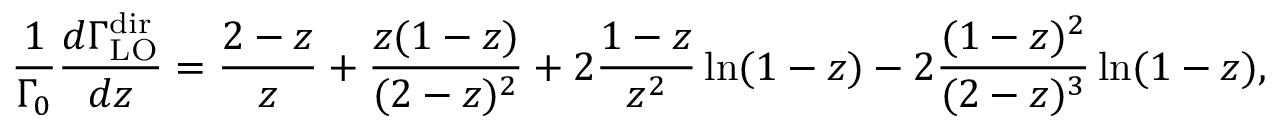
\frac 1 { \Gamma _ { 0 } } \frac { d \Gamma _ { \mathrm { L O } } ^ { \mathrm { d i r } } } { d z } = \frac { 2 - z } { z } + \frac { z ( 1 - z ) } { ( 2 - z ) ^ { 2 } } + 2 \frac { 1 - z } { z ^ { 2 } } \ln ( 1 - z ) - 2 \frac { ( 1 - z ) ^ { 2 } } { ( 2 - z ) ^ { 3 } } \ln ( 1 - z ) ,